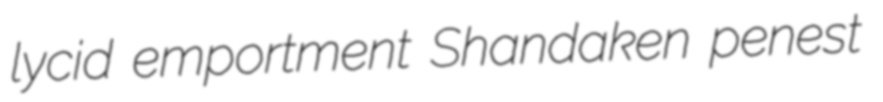
lycid emportment Shandaken penest